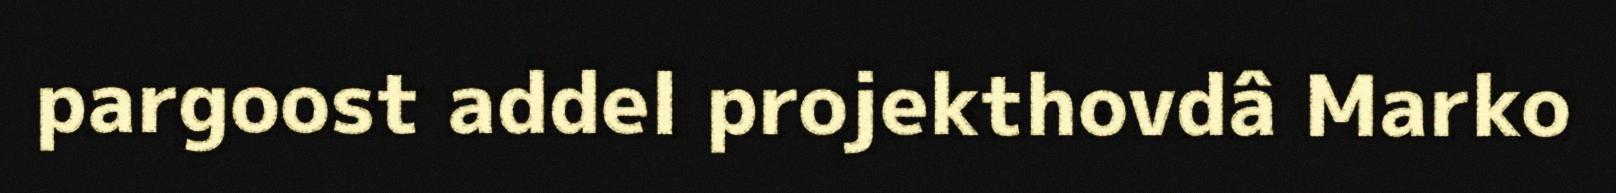
pargoost addel projekthovdâ Marko